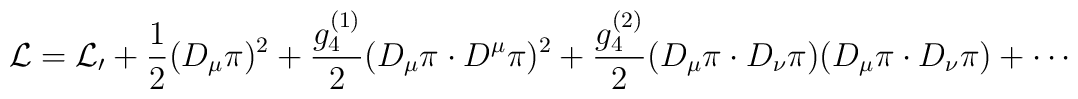
{\cal L}={\cal L_0}+\frac{1}{2}(D_\mu\pi)^2+\frac{g_4^{(1)}}{2}(D_\mu\pi\cdot D^\mu\pi)^2 +\frac{g_4^{(2)}}{2}(D_\mu\pi\cdot D_\nu\pi)(D_\mu\pi\cdot D_\nu\pi) + \cdots